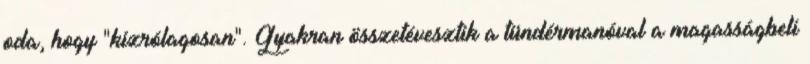
oda, hogy "kizrólagosan". Gyakran összetévesztik a tündérmanóval a magasságbeli